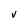
Character: v